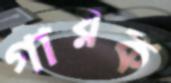
গায়ক